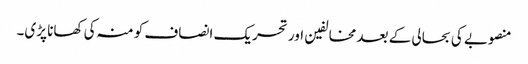
منصوبے کی بحالی کے بعد مخالفین اور تحریک انصاف کو منہ کی کھانا پڑی۔